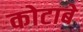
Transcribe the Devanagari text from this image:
कोटाबे